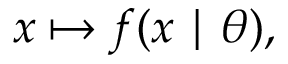
x \mapsto f ( x \mid \theta ) ,